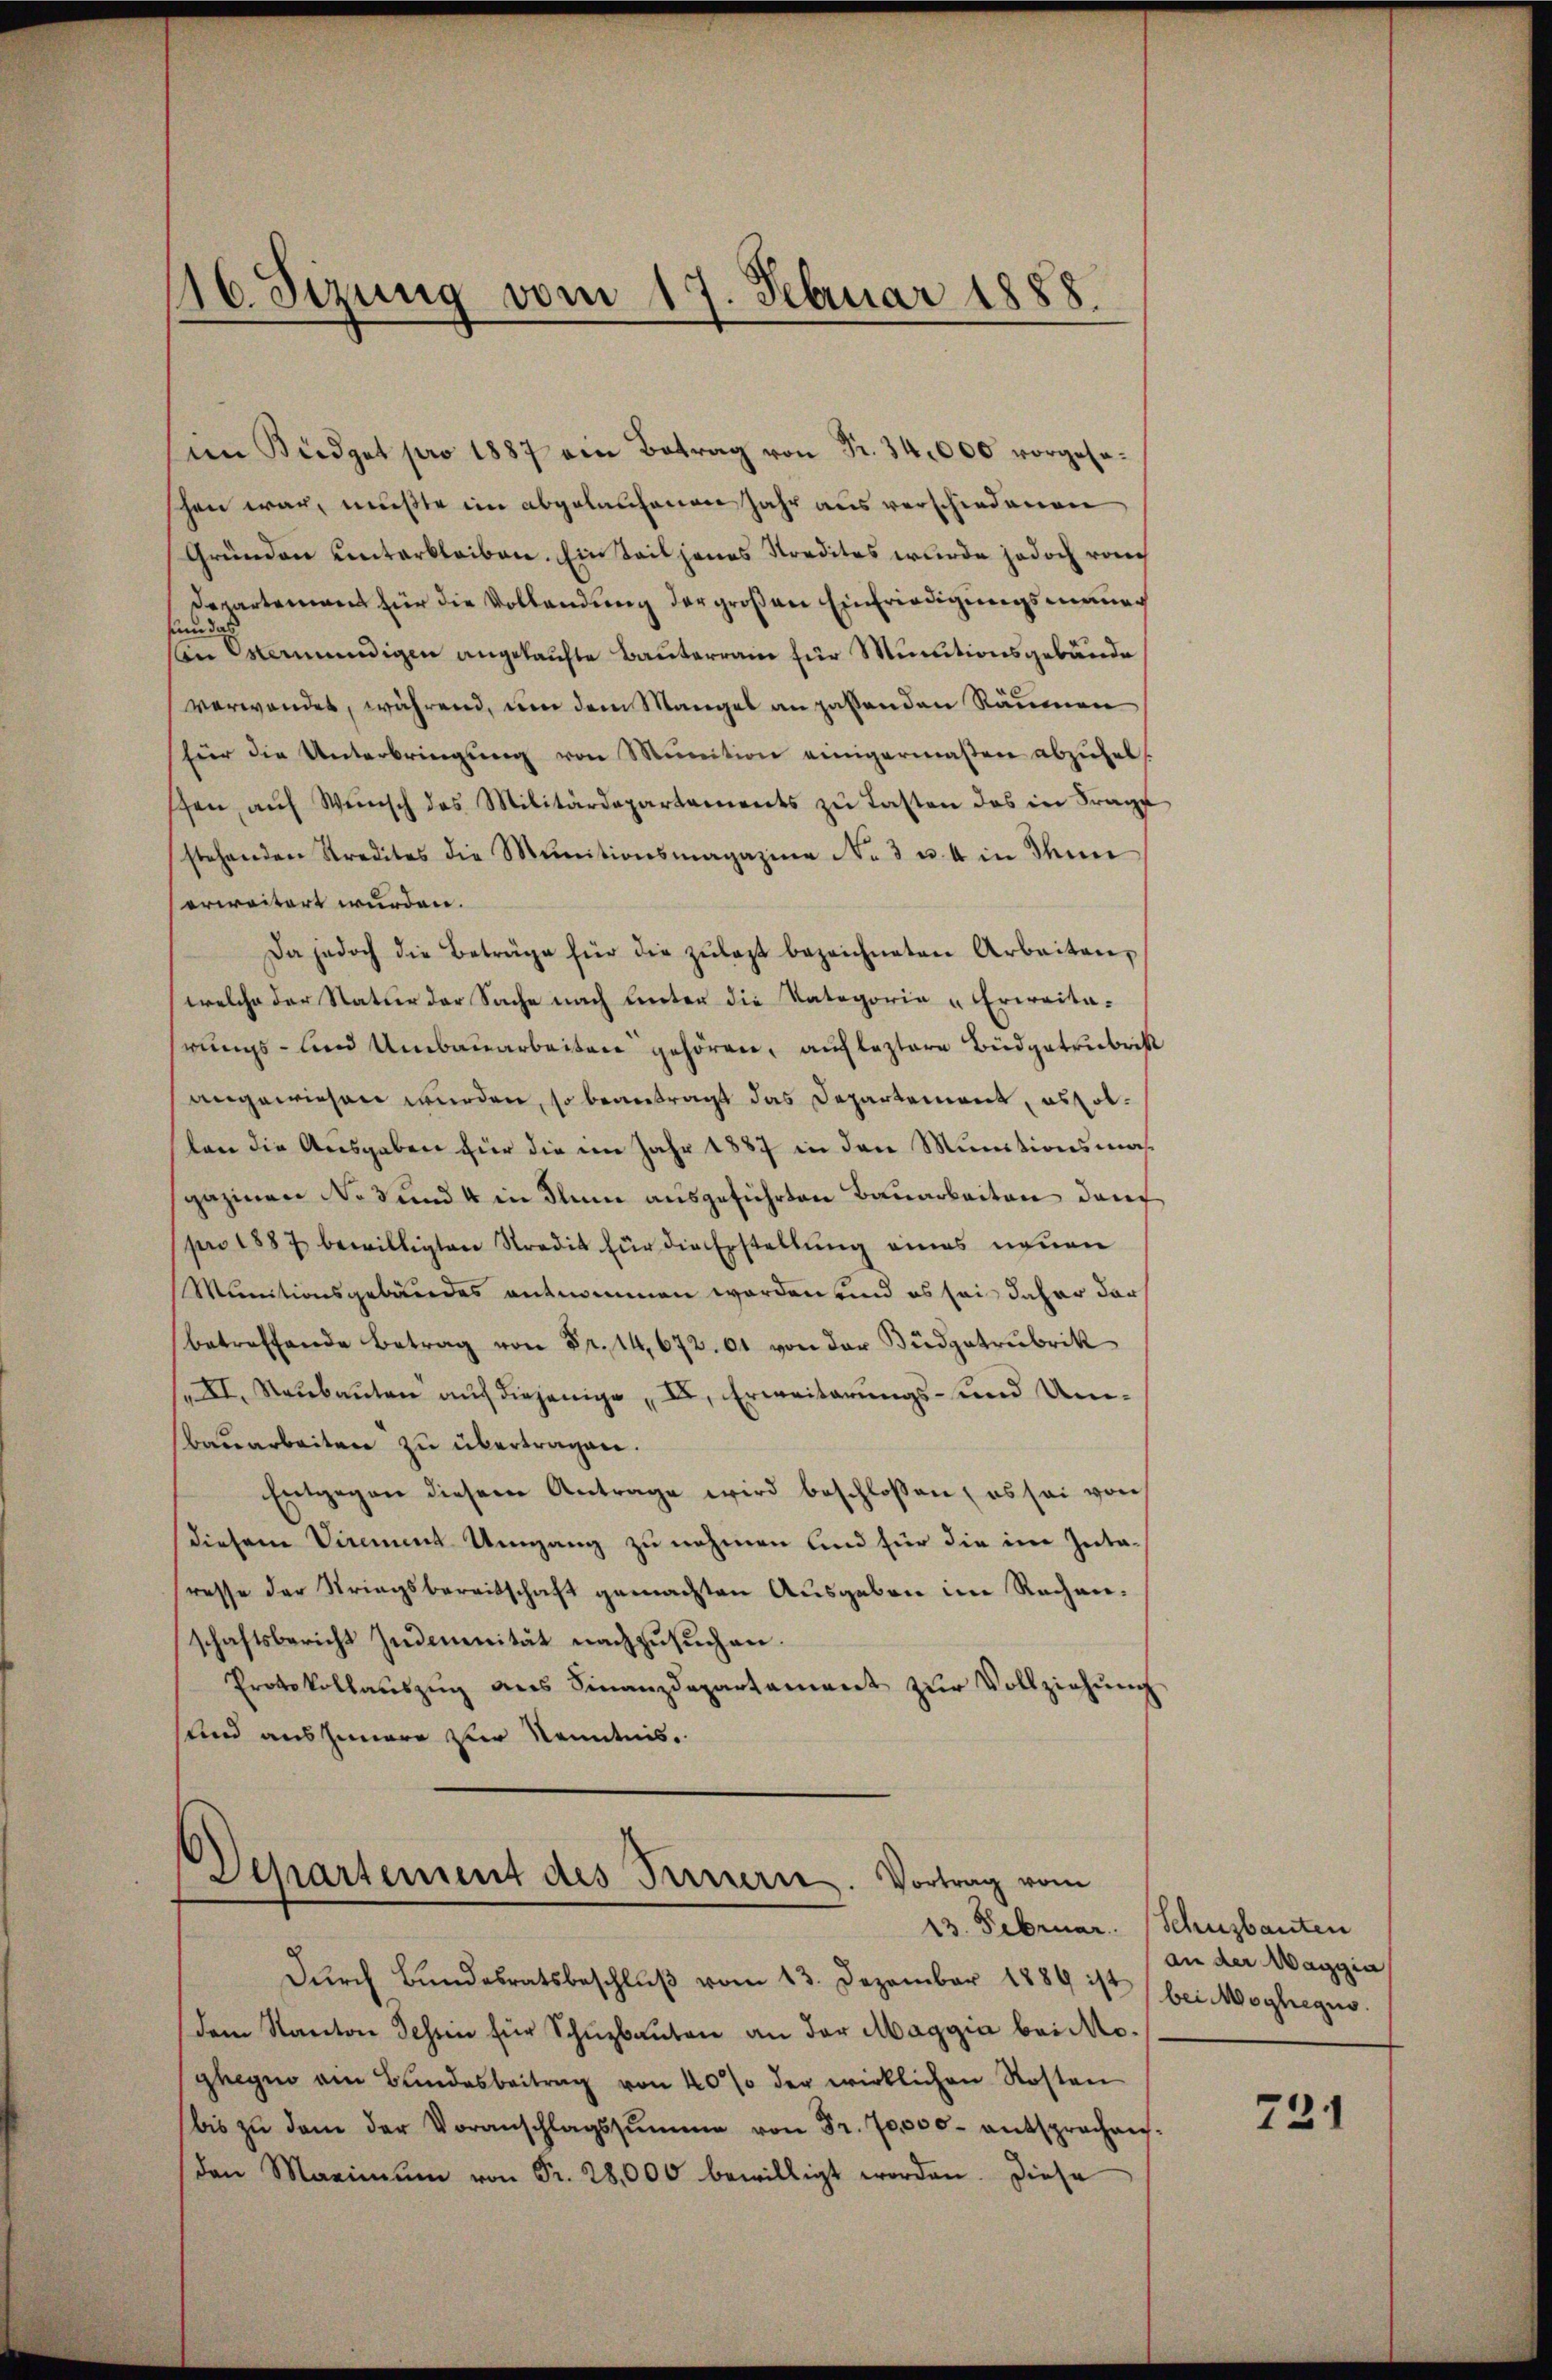
116. Sizung vom 17. Februar 1888.

am Büdget pro 1887 ein Betrag von Fr. 34,000 vorgese
schen war, mußte im abgelaufenen Jahr aus verschiedenen
Gründen unterbleiben. Ein Teil jenes Kredites wurde jedoch rauch
Departement für die Vollendung der großen Einfriedigungsmauer
sund da
on Osermendigen angekaufte Bauterrain für Munitionsgebäude
verwendet, während, um dem Mangel an passenden Räumen
für die Unterbringŭng von Munition einigermaßen abzŭhel-
sen aŭf Wŭnsch des Militärdepartaments zŭ lasten das in Frage
stehenden Stredites die Munitionsmagazine No 3 u. 4 in Ihne
erweitert wurden.
Da jedoch die Beträge für die zŭlast bezeichneten Arbeiten,
(welche der Natur der Sache nach unter die Kategorie u Erweita-
hrungs- und Umbauarbeiten gehören, auf leztere Büdgetrubrik
angewiesen wurden, so beantragt das Departement, es sollen die Ausgaben für die im Jahr 1887 in den Munitionsmas
gazinen No 3 und 4 in Flume ausgeführten Bauarbeiten darch
pro 1887 bewilligten Stradik für die Erstellung eines neuen
Munitionsgebäudes entnommen worden und es sei daher darf
betreffende Betrag von Fr. 14672. 61 von der Büdgatrubrik
XI, Neubauten auf diejenige, IV, Erweiterungs- und Um¬
Bauarbeiten zu übertragen.
Entgegen diesem Antrage wird beschlossen, es sei von
diesem Virement Umgang zu nehmen und für die im Intaresse der Stringsbereitschaft gemachten Ausgeben im Rechanschaftsbericht Indemnität nachzusuchen.
Protokollaŭszŭg ans Finanzdepartament zŭr Vollziehŭng
sund auszumare zur Kenntnis.

Departement des Fernern. Vortrag vom
23. Februar

Dŭrch Bundesratsbeschlŭβ vom 13. Dezember 1889 ist (bei Moghegno
dem Kanton Tessin für Schŭzbaŭten an der Maggia bei Mo-
glegen ein Bundesbeitrag von 40% der wirklichen Kosten
bis zŭ dem der Voranschlagssumme von Fr. 70,000. entsprochen.
den Maximŭm von Fr. 28,000 bewilligt worden. Diese

Schusbauten
an der Maggia

721